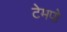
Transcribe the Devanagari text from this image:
टेमपो